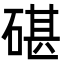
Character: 碪